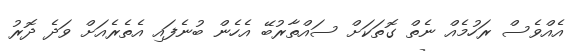
އެއްވެސް ރަހުމެއް ނެތް ގޮތަކަށް ސައްތާރުބޭ އެހެން ބުނެފައި އެތެރެއަށް ވަދެ ދޮރު